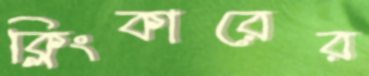
ক্লিংকারের